331_120752_Numeric_Files_1944–1945_37153_German_Armament_Equipment_Documents
Agency: Department of War
Incident date: 3/18/45
Incident location: Germany
Page 17
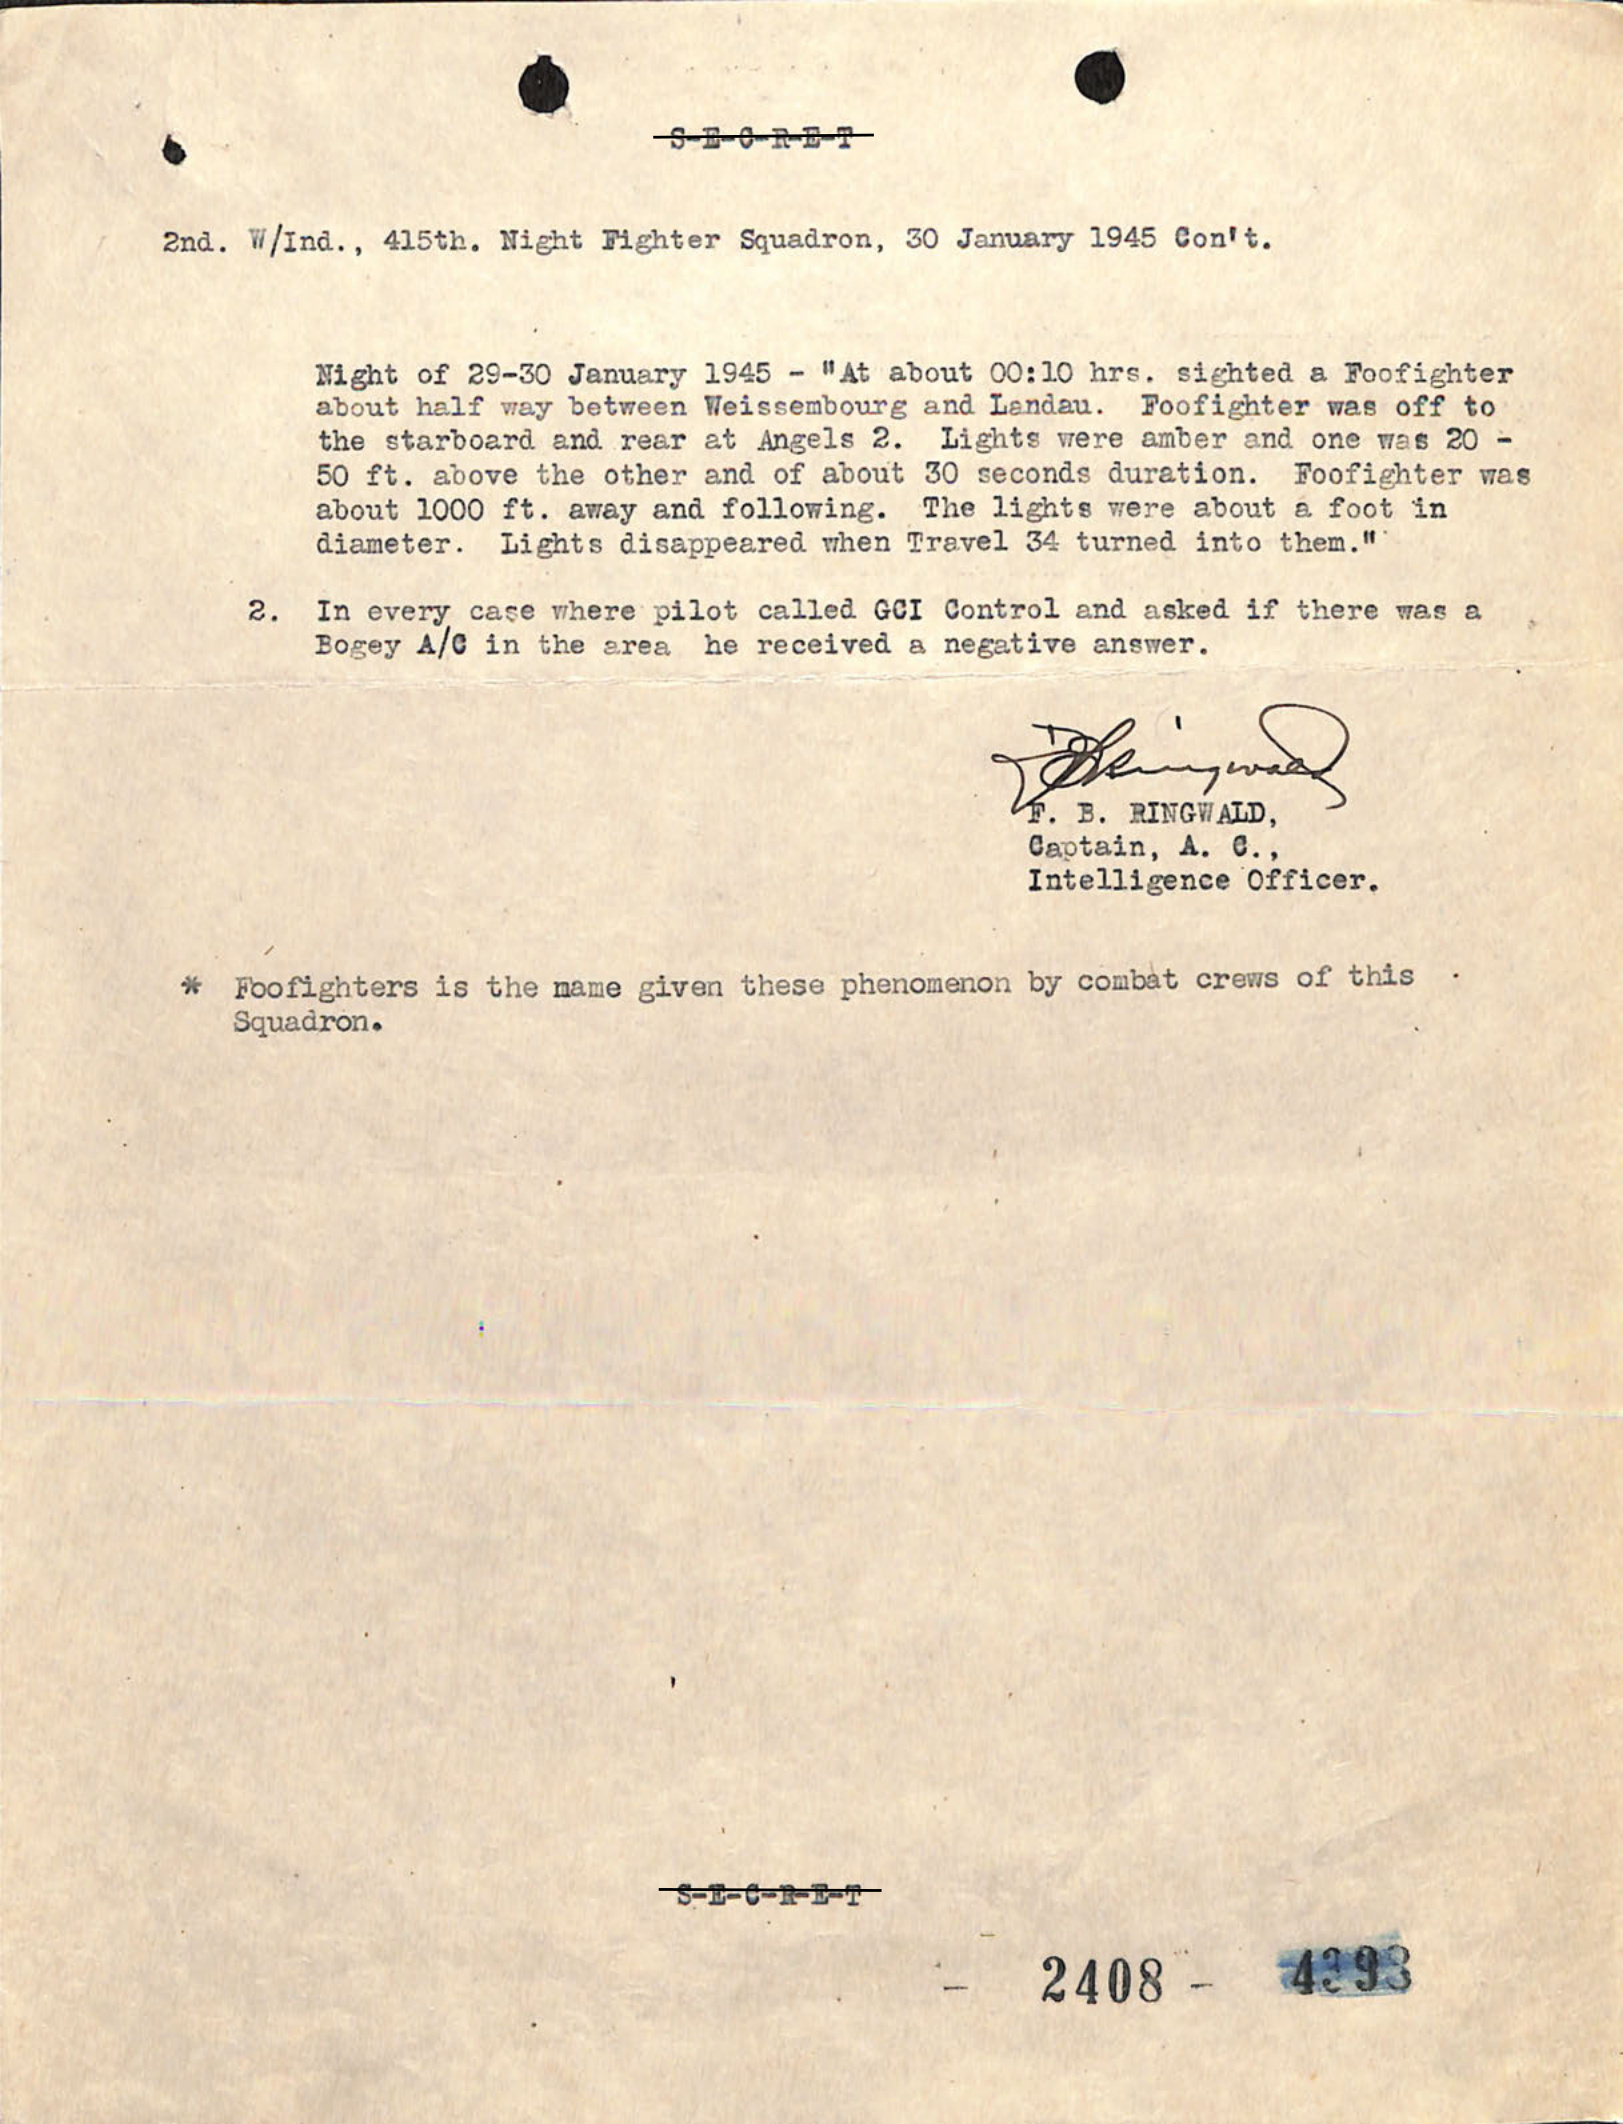